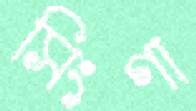
সিংগা